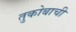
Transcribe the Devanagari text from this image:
तुकोबाची